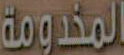
المخدومة